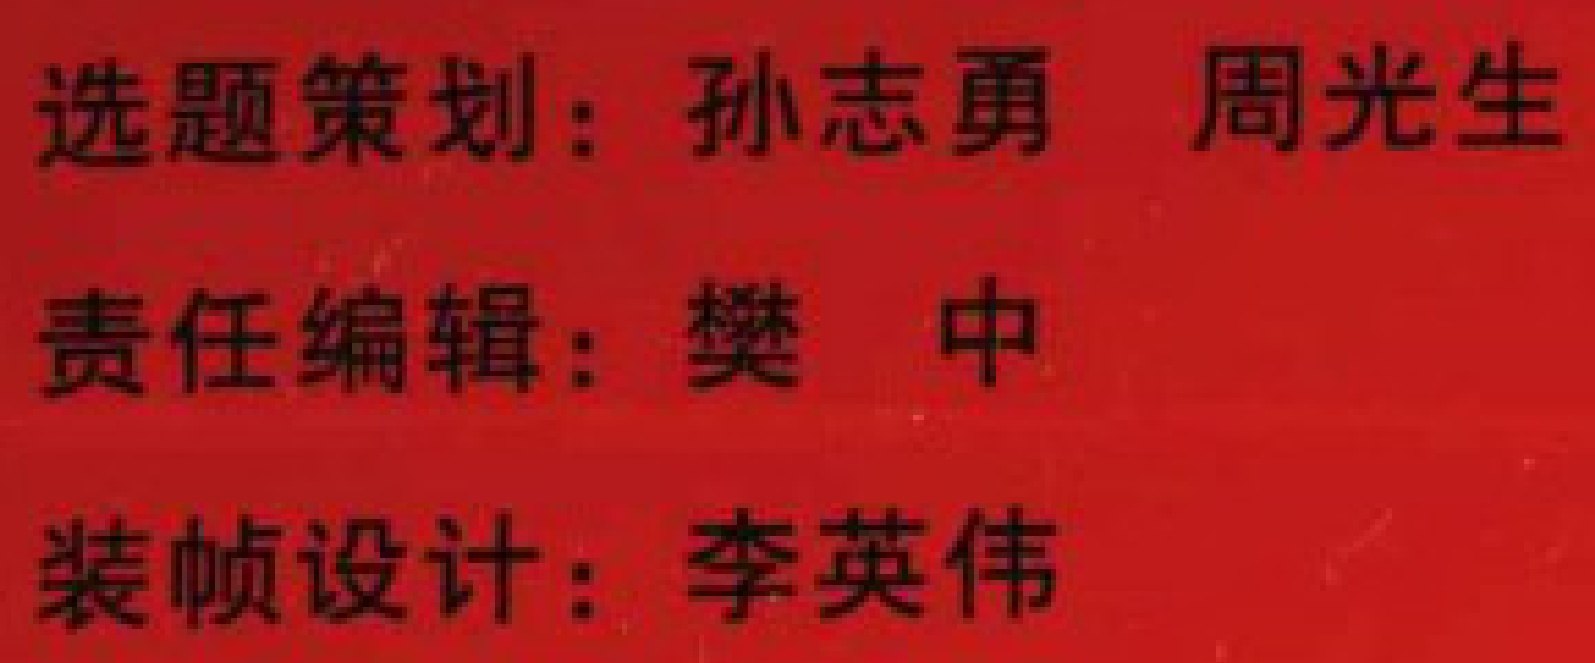
选题策划：孙志勇 周光生

责任编辑：樊 中

装帧设计：李英伟